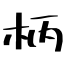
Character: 柄